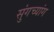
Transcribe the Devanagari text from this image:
सुंगच्यांग